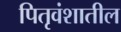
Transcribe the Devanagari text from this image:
पितृवंशातील